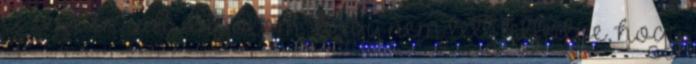
Azért én is hiányolom, hogy nem lett felfedve, hogy